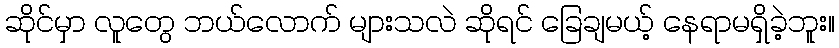
ဆိုင်မှာ လူတွေ ဘယ်လောက် များသလဲ ဆိုရင် ခြေချမယ့် နေရာမရှိခဲ့ဘူး။